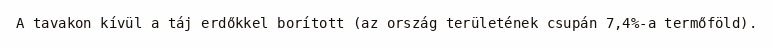
A tavakon kívül a táj erdőkkel borított (az ország területének csupán 7,4%-a termőföld).